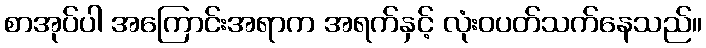
စာအုပ်ပါ အကြောင်းအရာက အရက်နှင့် လုံးဝပတ်သက်နေသည်။